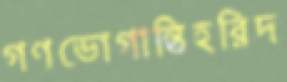
গণভোগান্তিহরিদ